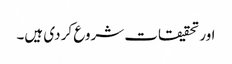
اور تحقیقات شروع کر دی ہیں۔